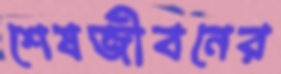
শেষজীবনের